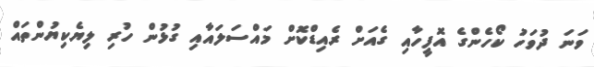
ވަނަ ދުވަހު ކޯހެންގެ އޮފީހާއި ގެއަށް ރެއިޑްކޮށް މަައްސަލައާއި ގުޅުން ހުރި ލިޔެކިޔުންތައް